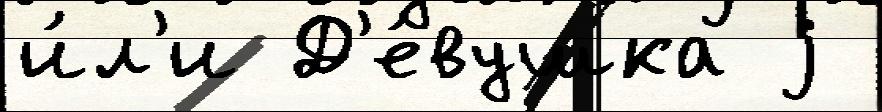
и́л'и Д'е́вушка j